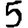
Digit: 5